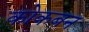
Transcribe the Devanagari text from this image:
कोकबन